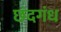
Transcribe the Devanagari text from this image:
छंदगंध